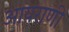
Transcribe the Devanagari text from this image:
आयराणी